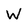
Character: W